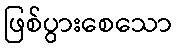
ဖြစ်ပွားစေသော